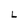
Character: L